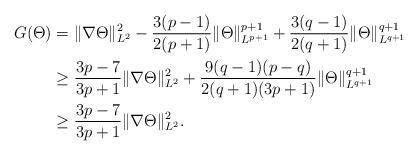
LaTeX: \begin{align*}G(\Theta)&= \|\nabla \Theta\|^2_{L^2} -\frac{3(p-1)}{2(p+1)}\|\Theta\|^{p+1}_{L^{p+1}} +\frac{3(q-1)}{2(q+1)}\|\Theta\|^{q+1}_{L^{q+1}} \\&\geq \frac{3p-7}{3p+1}\|\nabla \Theta\|^2_{L^2} + \frac{9(q-1)(p-q)}{2(q+1)(3p+1)} \|\Theta\|^{q+1}_{L^{q+1}} \\&\geq \frac{3p-7}{3p+1}\|\nabla \Theta\|^2_{L^2}.\end{align*}